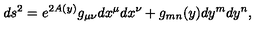
d s ^ { 2 } = e ^ { 2 A ( y ) } g _ { \mu \nu } d x ^ { \mu } d x ^ { \nu } + g _ { m n } ( y ) d y ^ { m } d y ^ { n } ,